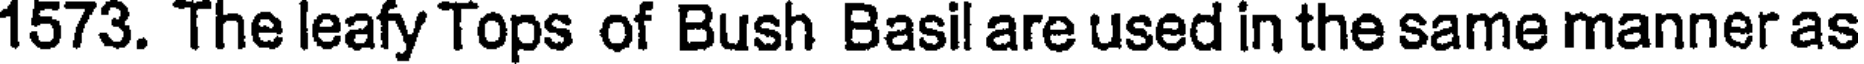
1573. The leafy Tops of Bush Basil are used in the same manner as